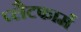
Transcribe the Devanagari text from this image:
प्‍लैटफार्म